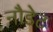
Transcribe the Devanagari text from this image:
नौडेट